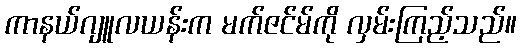
ကာနယ်ဂျူလယန်းက မက်ဇင်မ်ကို လှမ်းကြည့်သည်။